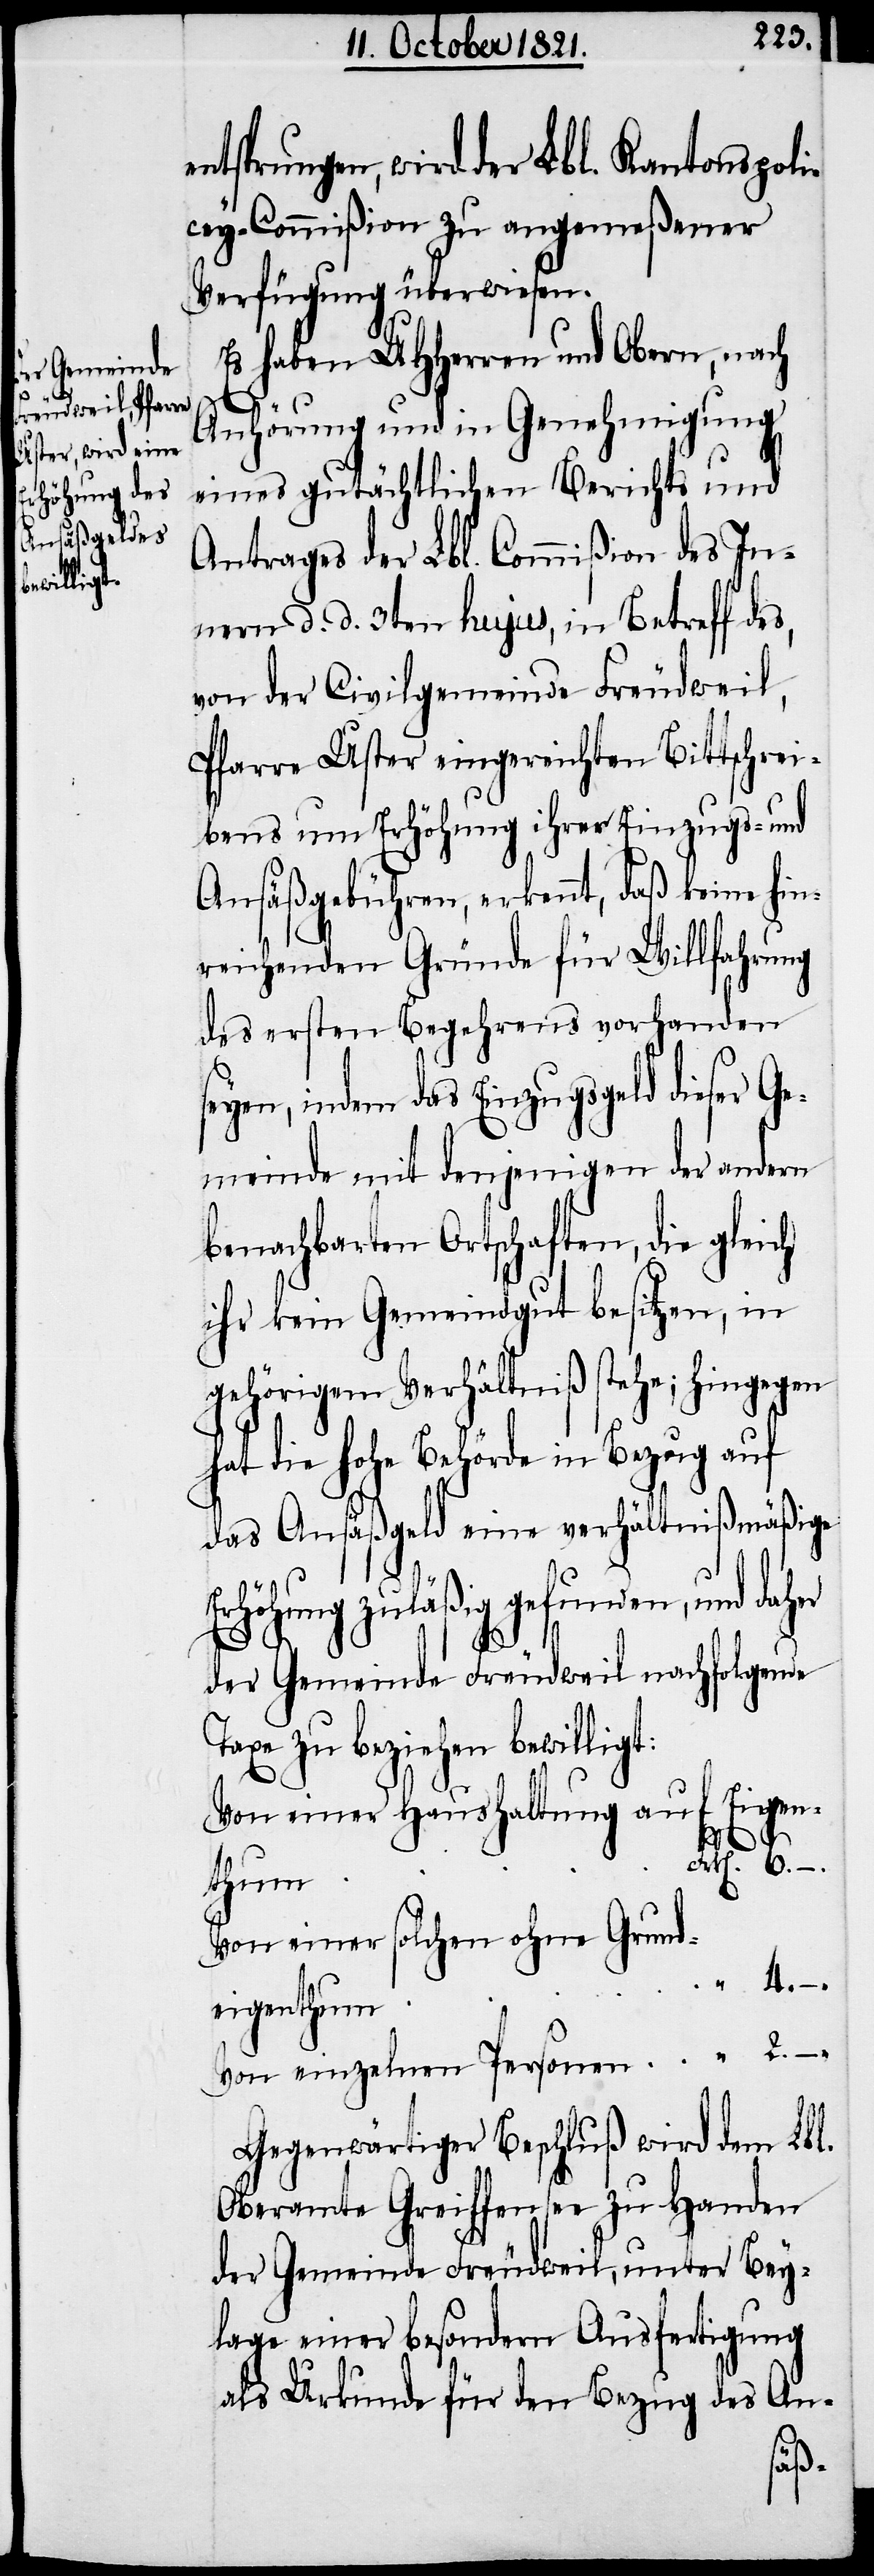
entsprungen, wird der Lbl. Kantons-Pol¬
icey-Commißion zu angemeßener
Verfügung überwiesen.
Es haben UHHerren und Obern, nach
Anhörung und in Genehmigung
eines gutächtlichen Berichts und
Antrages der Lbl. Commißion des In¬
nern d. d. 3ten hujus, in Betreff des,
von der Civilgemeinde Freudweil,
Pfarre Uster eingereichten Bittschrei¬
bens um Erhöhung ihrer Einzugs- und
Ansäßgebühren, erkennt, daß keine hin¬
reichenden Gründe für Willfahrung
des ersten Begehrens vorhanden
seyen, indem das Einzugsgeld dieser Ge¬
meinde mit denjenigen der andern
benachbarten Ortschaften, die gleich
ihr kein Gemeindgut besitzen, in
gehörigem Verhältniß stehe; hingegen
hat die hohe Behörde in Bezug auf
das Ansäßgeld eine verhältnißmäßige
Erhöhung zuläßig gefunden, und daher
der Gemeinde Freudweil nachfolgende
Taxe zu beziehen bewilligt:
Von einer Haushaltung auf Eigen¬
m	“	4.–
thum
Von einer solchen ohne Grund¬
eigenthu¬
Von einzelnen Personen	“	2.–
Gegenwärtiger Beschluß wird dem Lbl.
Oberamte Greiffensee zu Handen
der Gemeinde Freudweil, unter Bey¬
lage einer besondern Ausfertigung
als Urkunde für den Bezug des An-